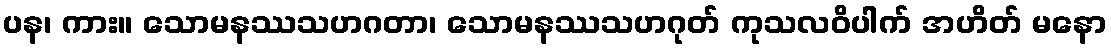
ပန၊ ကား။ သောမနဿသဟဂတာ၊ သောမနဿသဟဂုတ် ကုသလဝိပါက် အဟိတ် မနော